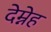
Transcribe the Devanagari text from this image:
देम्नेह